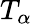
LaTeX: T_{\alpha}